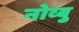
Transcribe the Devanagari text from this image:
नोव्बु